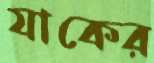
যাকের